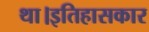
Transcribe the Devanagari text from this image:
था।इतिहासकार